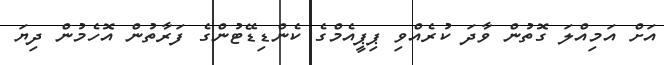
އަށް އަމިއްލަ ގޮތުން ވާދަ ކުރެއްވި ޕިޕީއެމްގެ ކެންޑިޑޭޓުންގެ ފަރާތުން އޮހެމުން ދިޔަ